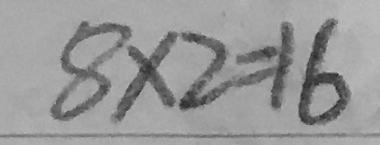
8 \times 2 = 1 6